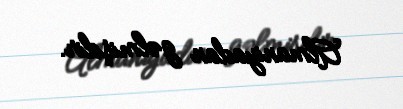
Almaniyadan gəlmişdir.